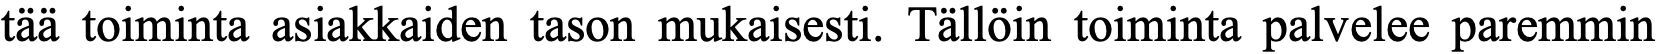
tää toiminta asiakkaiden tason mukaisesti. Tällöin toiminta palvelee paremmin